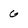
Character: G